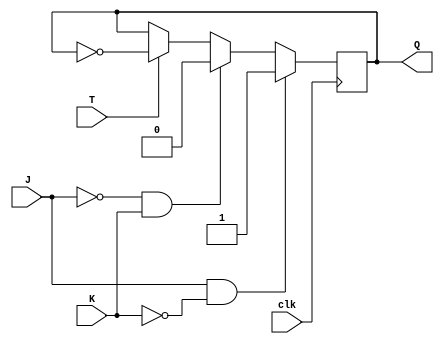
module TJK_FlipFlop (
    input T, J, K,
    input clk,
    output reg Q
);

always @(posedge clk) begin
    if (J & ~K) begin
        Q <= 1;
    end else if (~J & K) begin
        Q <= 0;
    end else if (T) begin
        Q <= ~Q;
    end
end

endmodule